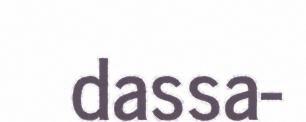
dassa-